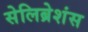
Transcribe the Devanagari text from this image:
सेलिब्रेशंस